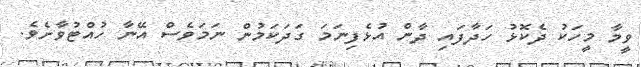
ވީމާ މީހަކު ދެކޮޅު ހަދާފައި ދާން އުޅެފިނަމަ ގަދަކަމުން ނަމަވެސް އޭނާ ހުއްޓުވާށެވެ.